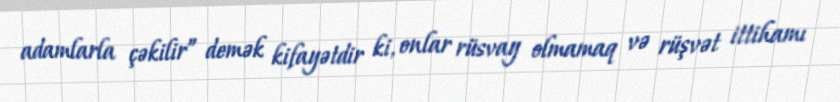
adamlarla çəkilir” demək kifayətdir ki, onlar rüsvay olmamaq və rüşvət ittihamı